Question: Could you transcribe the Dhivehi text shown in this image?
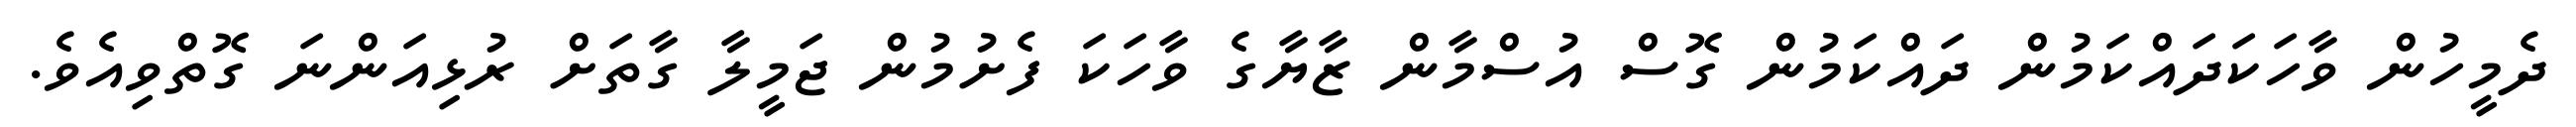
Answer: ދެމީހުން ވާހަކަދައްކަމުން ދައްކަމުން ގޮސް އުސްމާން ޒާޔާގެ ވާހަކަ ފެށުމުން ޖަމީލާ ގާތަށް ރުޅިއަންނަ ގޮތްވިއެވެ.